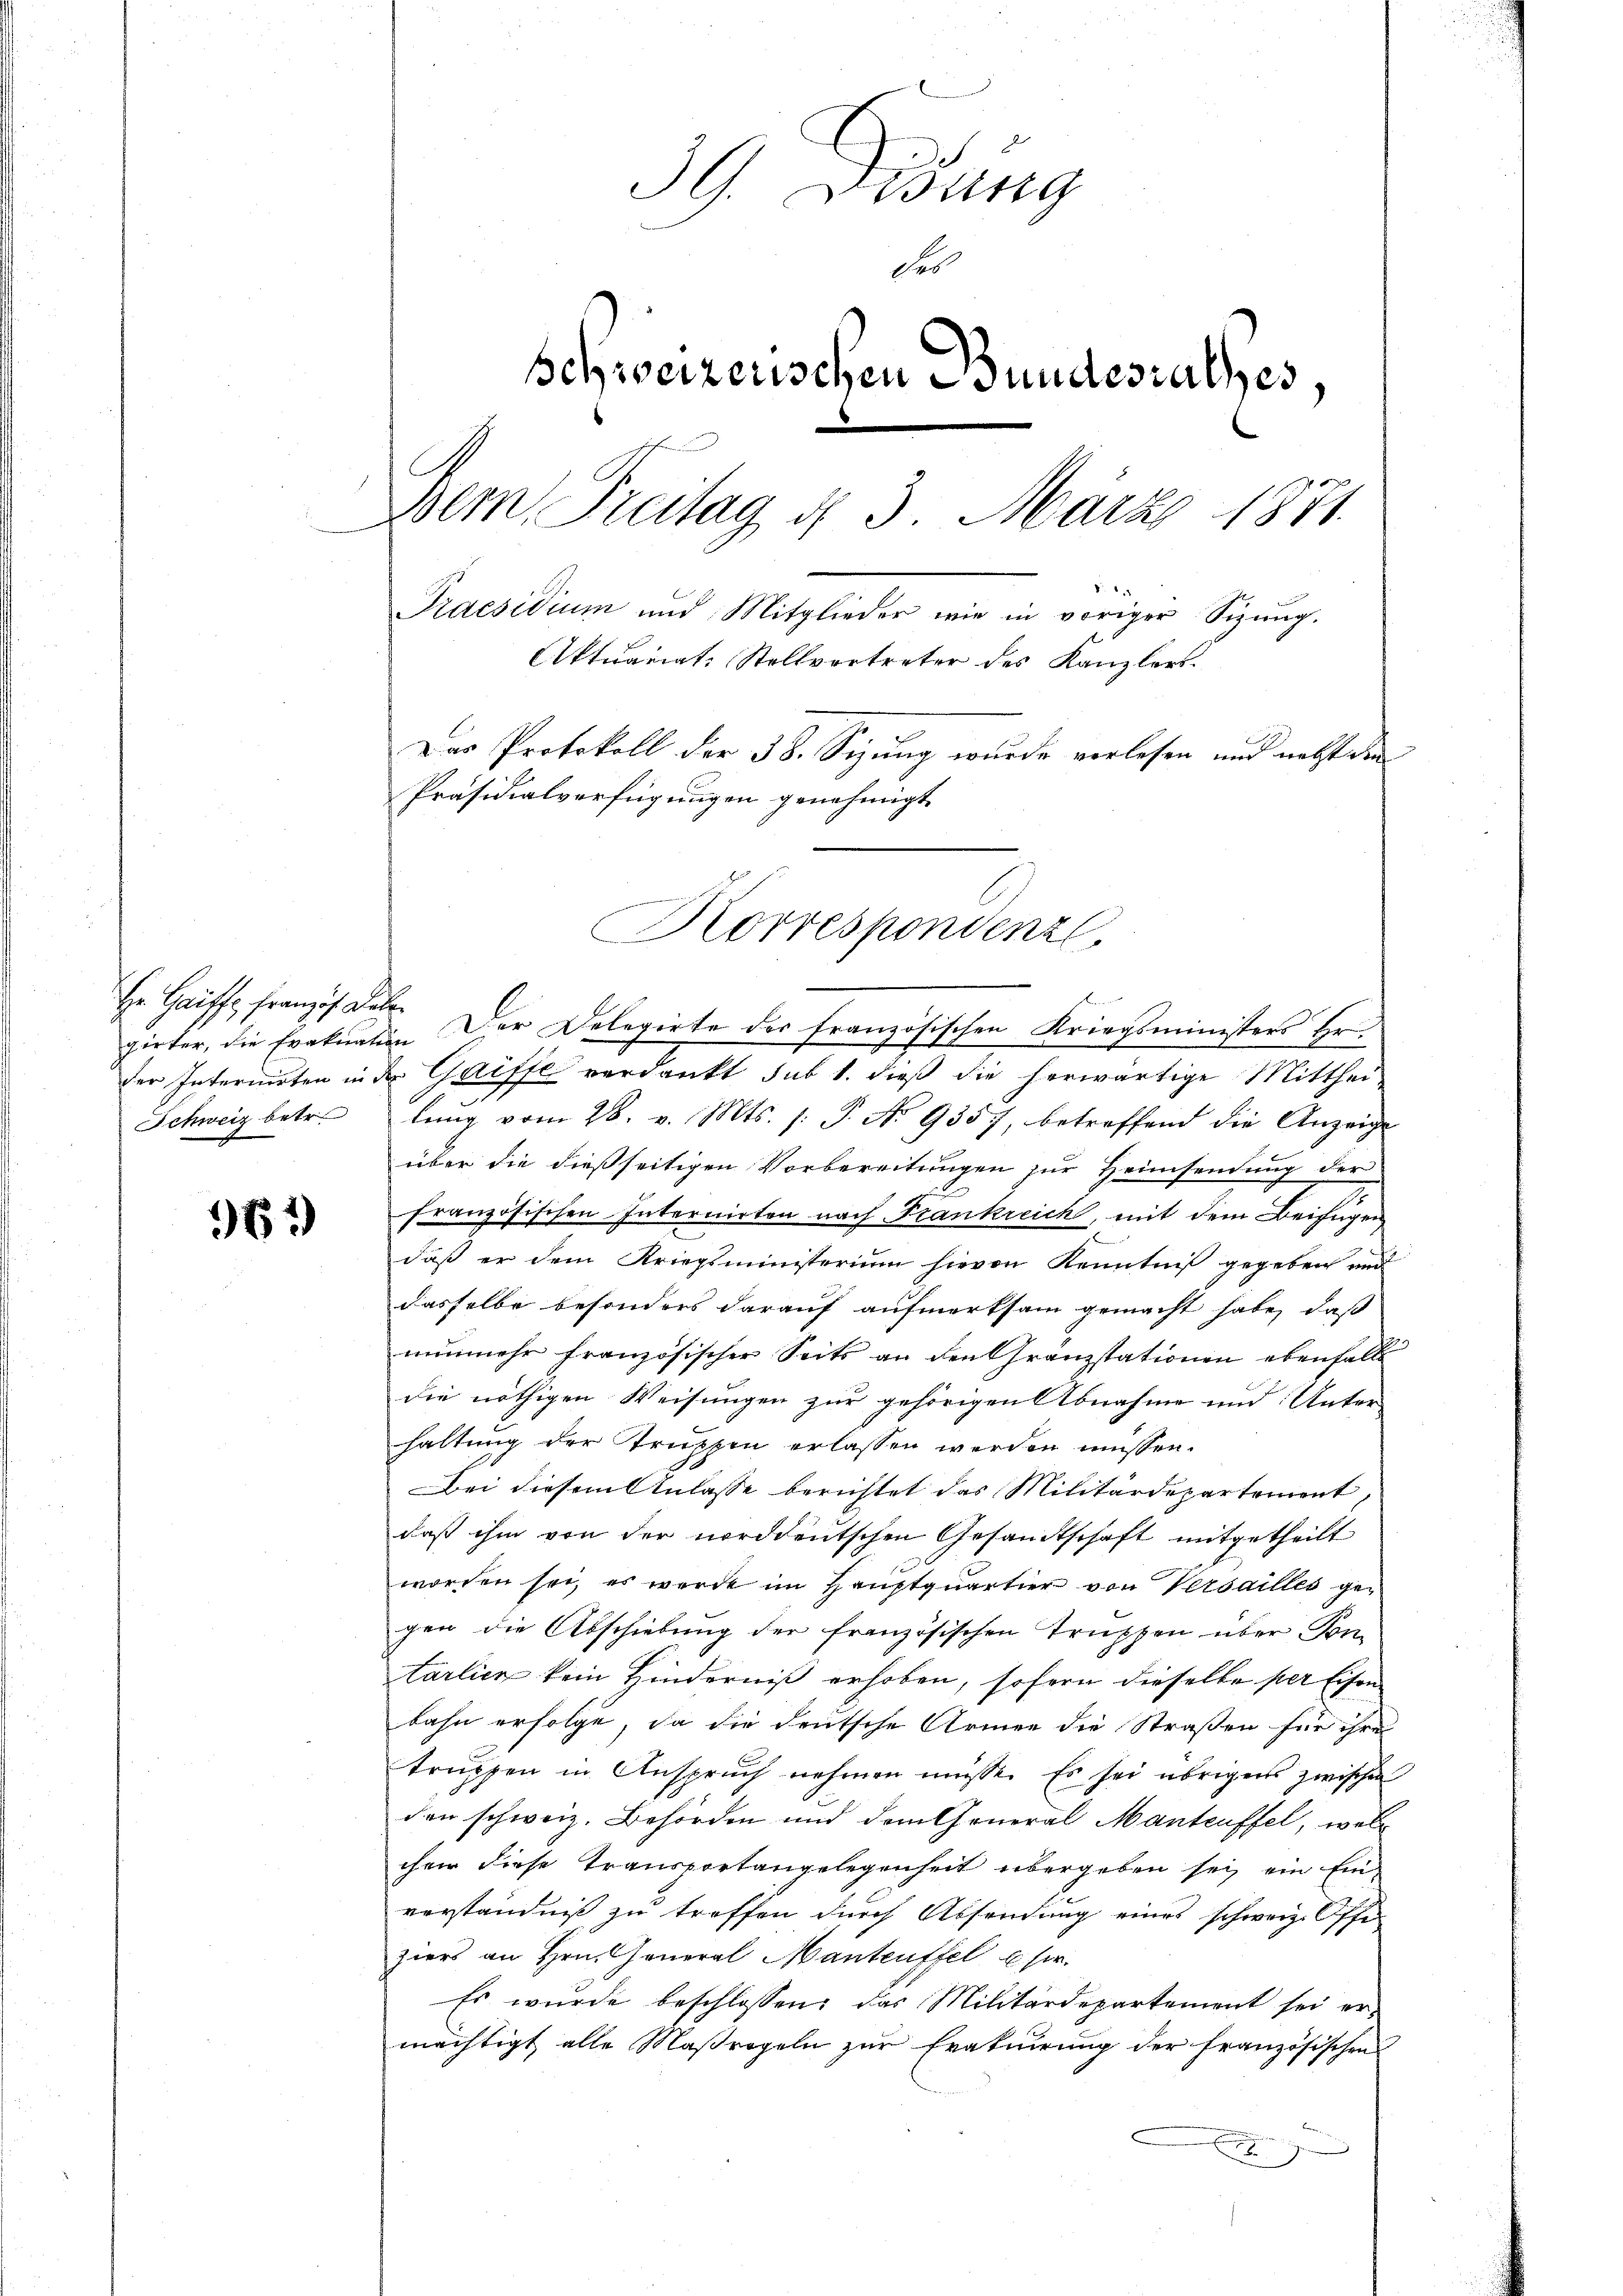
He Gaiffe, franzis daher
Schweiz betr.

97)

39. Disung
des
schweizerischen Bundesrathes,
Dem Treitag d. 3. März 1871.
Praesidium und Mitglieder wie in voriger Sigung.
Aktuariat Stellvertreter des Kanzlers.
Das Protokoll der 38. Sizung wurde verlesen und nebst den
Präsidialverfügungen genehmigt.
C

Korrespondenzl

hirter, die Erakuation der Delegirte der französischen Kriegsministers Hr
der Internirten in der Gaiffe verdankt sub 1. dieß die herwärtige Mitthei
lung vom 28. v. Mts. (: P. No 9357, betreffend die Anzeige
über die dießseitigen Vorbereitungen zur Heimsendung der
französischen Internirten nach Frankreich, mit dem Beifügen
daß er dem Kriegsministerium hievon Kenntniß gegeben und
dasselbe besonders darauf aufmerksam gemacht habe, daß
nunmehr französischer Seits an den Granzstationen ebenfalls
die nöthigen Weisungen zur gehörigen Abnahme und Unter-
haltung der Truppen erlassen werden müssen.
Bei diesem Anlasse berichtet das Militärdepartement,
daß ihm von der norddeutschen Gesandtschaft mitgetheilt
worden sei, es werde im Hauptquartier von Versailles gegen die Abschiebung der französischen Truppen über Kom
tarlier kein Hinderniß erhoben, sofern dieselbe per Eisen
bahn erfolge, da die deutsche Armen die Straßen für ihre
truppen in Anspruch nehmen müsse. Es sei übrigens zwischen
den schweiz. Behörden und dem General Manteuffel, welc
cher diese Transportangelegenheit übergeben sei, ein Einverständniß zu treffen durch Absendung eines schweiz. Offe
ziers an Hrn. General Manteuffel u. sr.
Es wŭrde beschlossen: das Militärdepartement sei er-
mächtigt alle Maßregeln zur Eratuirung der französischen
x